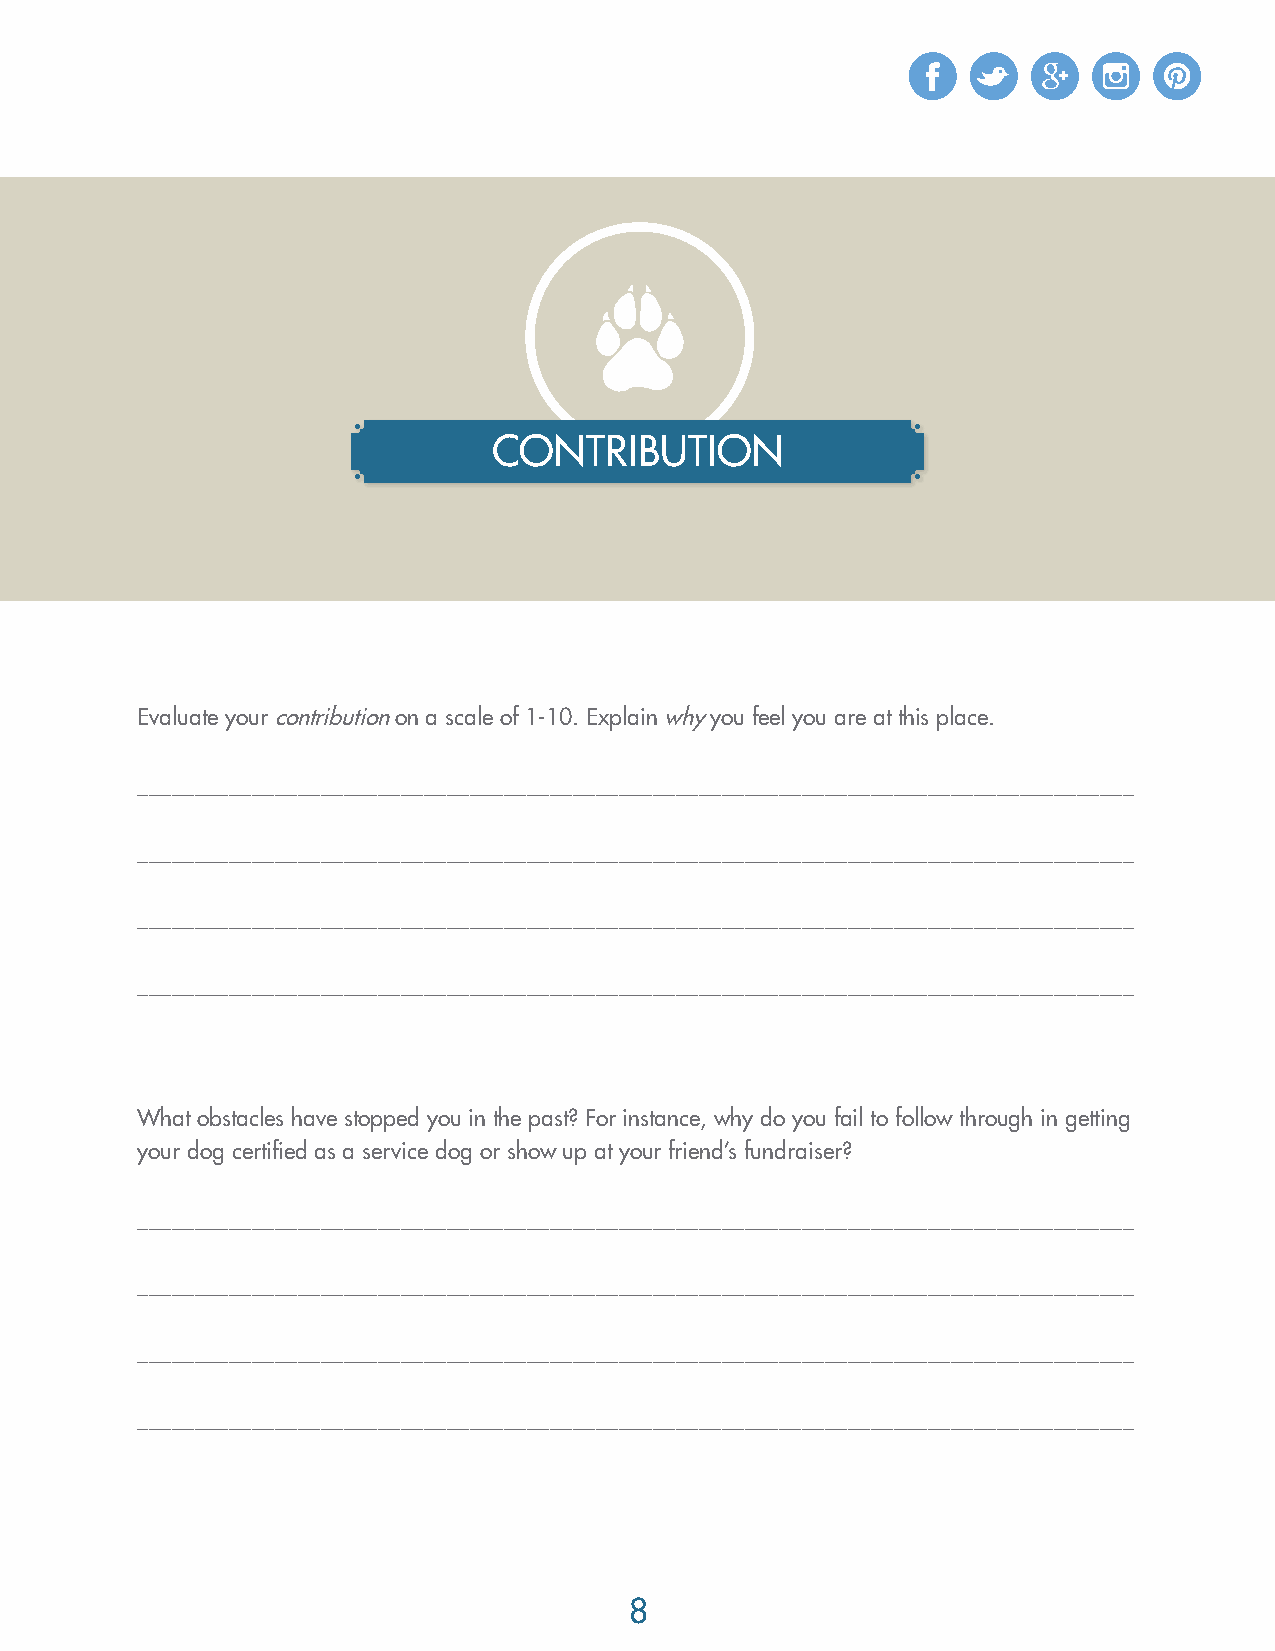
CONTRIBUTION
 Evaluate your contribution on a scale of 1-10. Explain why you feel you are at this place.
 _______________________________________________________________________________________
 _______________________________________________________________________________________
 _______________________________________________________________________________________
 _______________________________________________________________________________________
 What obstacles have stopped you in the past? For instance, why do you fail to follow through in getting
 your dog certified as a service dog or show up at your friend’s fundraiser?
 _______________________________________________________________________________________
 _______________________________________________________________________________________
 _______________________________________________________________________________________
 _______________________________________________________________________________________
 88